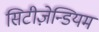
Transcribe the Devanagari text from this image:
सिटीज़ेन्डियम